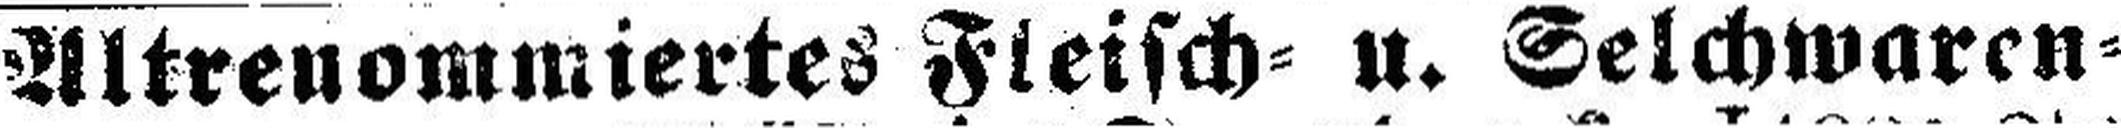
Altrenommiertes Fleisch= u. Selchwaren¬